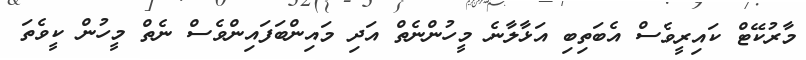
މާރުކޭޓް ކައިރީވެސް އެބަތިބި އަޅާލާނެ މީހުންނެތް އަދި މައިންބަފައިންވެސް ނެތް މީހުން ކީވެތަ